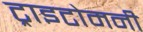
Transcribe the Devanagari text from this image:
ट्राइटोमनी